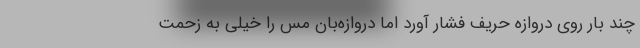
چند بار روی دروازه حریف فشار آورد اما دروازه‌بان مس را خیلی به زحمت